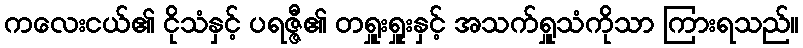
ကလေးငယ်၏ ငိုသံနှင့် ပရဇ္ဇီ၏ တရှူးရှူးနှင့် အသက်ရှူသံကိုသာ ကြားရသည်။